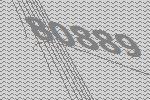
80889